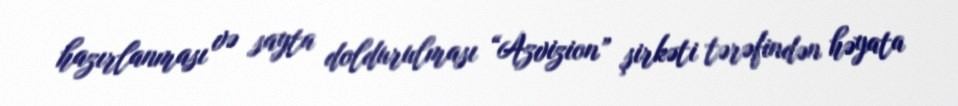
hazırlanması və sayta doldurulması “Azvizion” şirkəti tərəfindən həyata